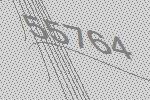
55764